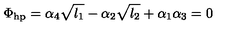
\Phi _ { \mathrm { h p } } = \alpha _ { 4 } \sqrt { l _ { 1 } } - \alpha _ { 2 } \sqrt { l _ { 2 } } + \alpha _ { 1 } \alpha _ { 3 } = 0